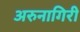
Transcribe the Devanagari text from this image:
अरुनागिरी